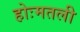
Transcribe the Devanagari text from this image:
होःमतली